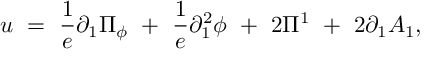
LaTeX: u ~ = ~ \frac { 1 } { e } \partial _ { 1 } \Pi _ { \phi } ~ + ~ \frac { 1 } { e } \partial _ { 1 } ^ { 2 } \phi ~ + ~ 2 \Pi ^ { 1 } ~ + ~ 2 \partial _ { 1 } A _ { 1 } ,